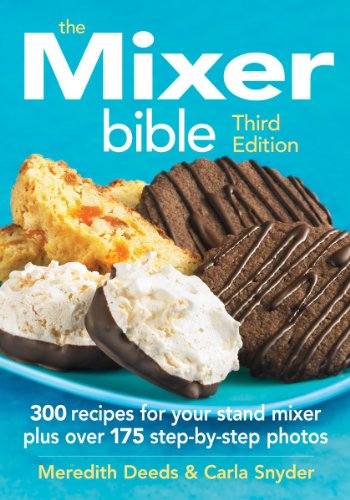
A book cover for The Mixer Bible: 300 Recipes For Your Stand Mixer; Meredith Deeds; Cookbooks, Food & Wine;